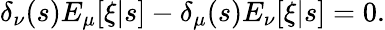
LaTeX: \delta_{\nu}(s)E_{\mu}[\xi|s]-\delta_{\mu}(s)E_{\nu}[\xi|s]=0.